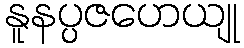
နူနပ္ပဇဟေယျု